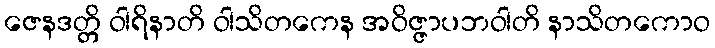
ဇေနဒတ္တိ ဝါရိနာတိ ဝါသိတကေန အဝိဇ္ဇာပဘဝါတိ နာသိတကောဝ